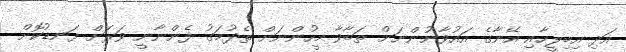
އަދި އިބިލީހާއި އޭނާގެ އައުވާނުންނަށް ތަބާވާ މީހުންނަށް ތެދުމަގު ފެންނާނީ ވަރަށް ފަނޑުކޮށް